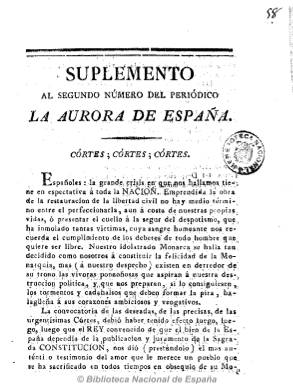
Título: Suplemento al ... número del periódico La Aurora de España (Reimp. en Sevilla)
Otros títulos: La Aurora de España Suplemento
Colección: Periódicos anteriores a 1850
Ámbito geográfico: Sevilla
Lugar de publicación: Sevilla
Fechas: 01/01/1820-01/01/1820

Se trata de la reimpresión realizada por Padrino en Sevilla del segundo número de este periódico madrileño que, probablemente con frecuencia semanal, comenzó a salir el 14 de marzo de 1820. Contiene en sus cuatro páginas un extenso artículo sobre la convocatoria a Cortes y los diferentes decretos firmados por Fernando VII en esas fechas que dará inicio al nuevo periodo de Monarquía constitucional. La periódico-manía lo identifica también como La aurora de las Españas, y todavía se publicaba en diciembre de 1820. Su carácter ideológico es constitucionalista.